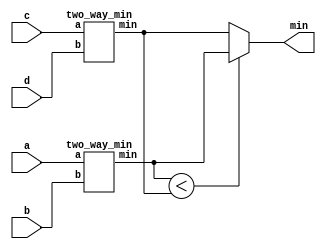
//VerilogC?
//?conditional operator 

//Given four unsigned numbers, find the minimum.
module top_module(
    input [7:0] a, b, c, d,
    output [7:0] min
);
    wire [7:0] t1, t2;
    two_way_min twm1(a, b, t1);
    two_way_min twm2(c, d, t2);
    assign min = t1 < t2 ? t1 : t2;

endmodule


module two_way_min(
    input [7:0] a, b,
    output [7:0] min
);

    assign min = a < b ? a : b;

endmodule